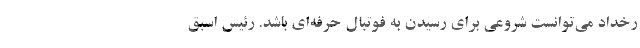
رخداد می‌توانست شروعی برای رسیدن به فوتبال حرفه‌ای باشد. رئیس اسبق